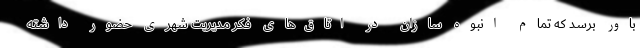
باور برسد که تمام انبوه سازان در اتاق‌های فکر مدیریت شهری حضور داشته